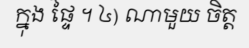
ក្នុង ផ្ទៃ ។ ៤) ណាមួយ ចិត្ត